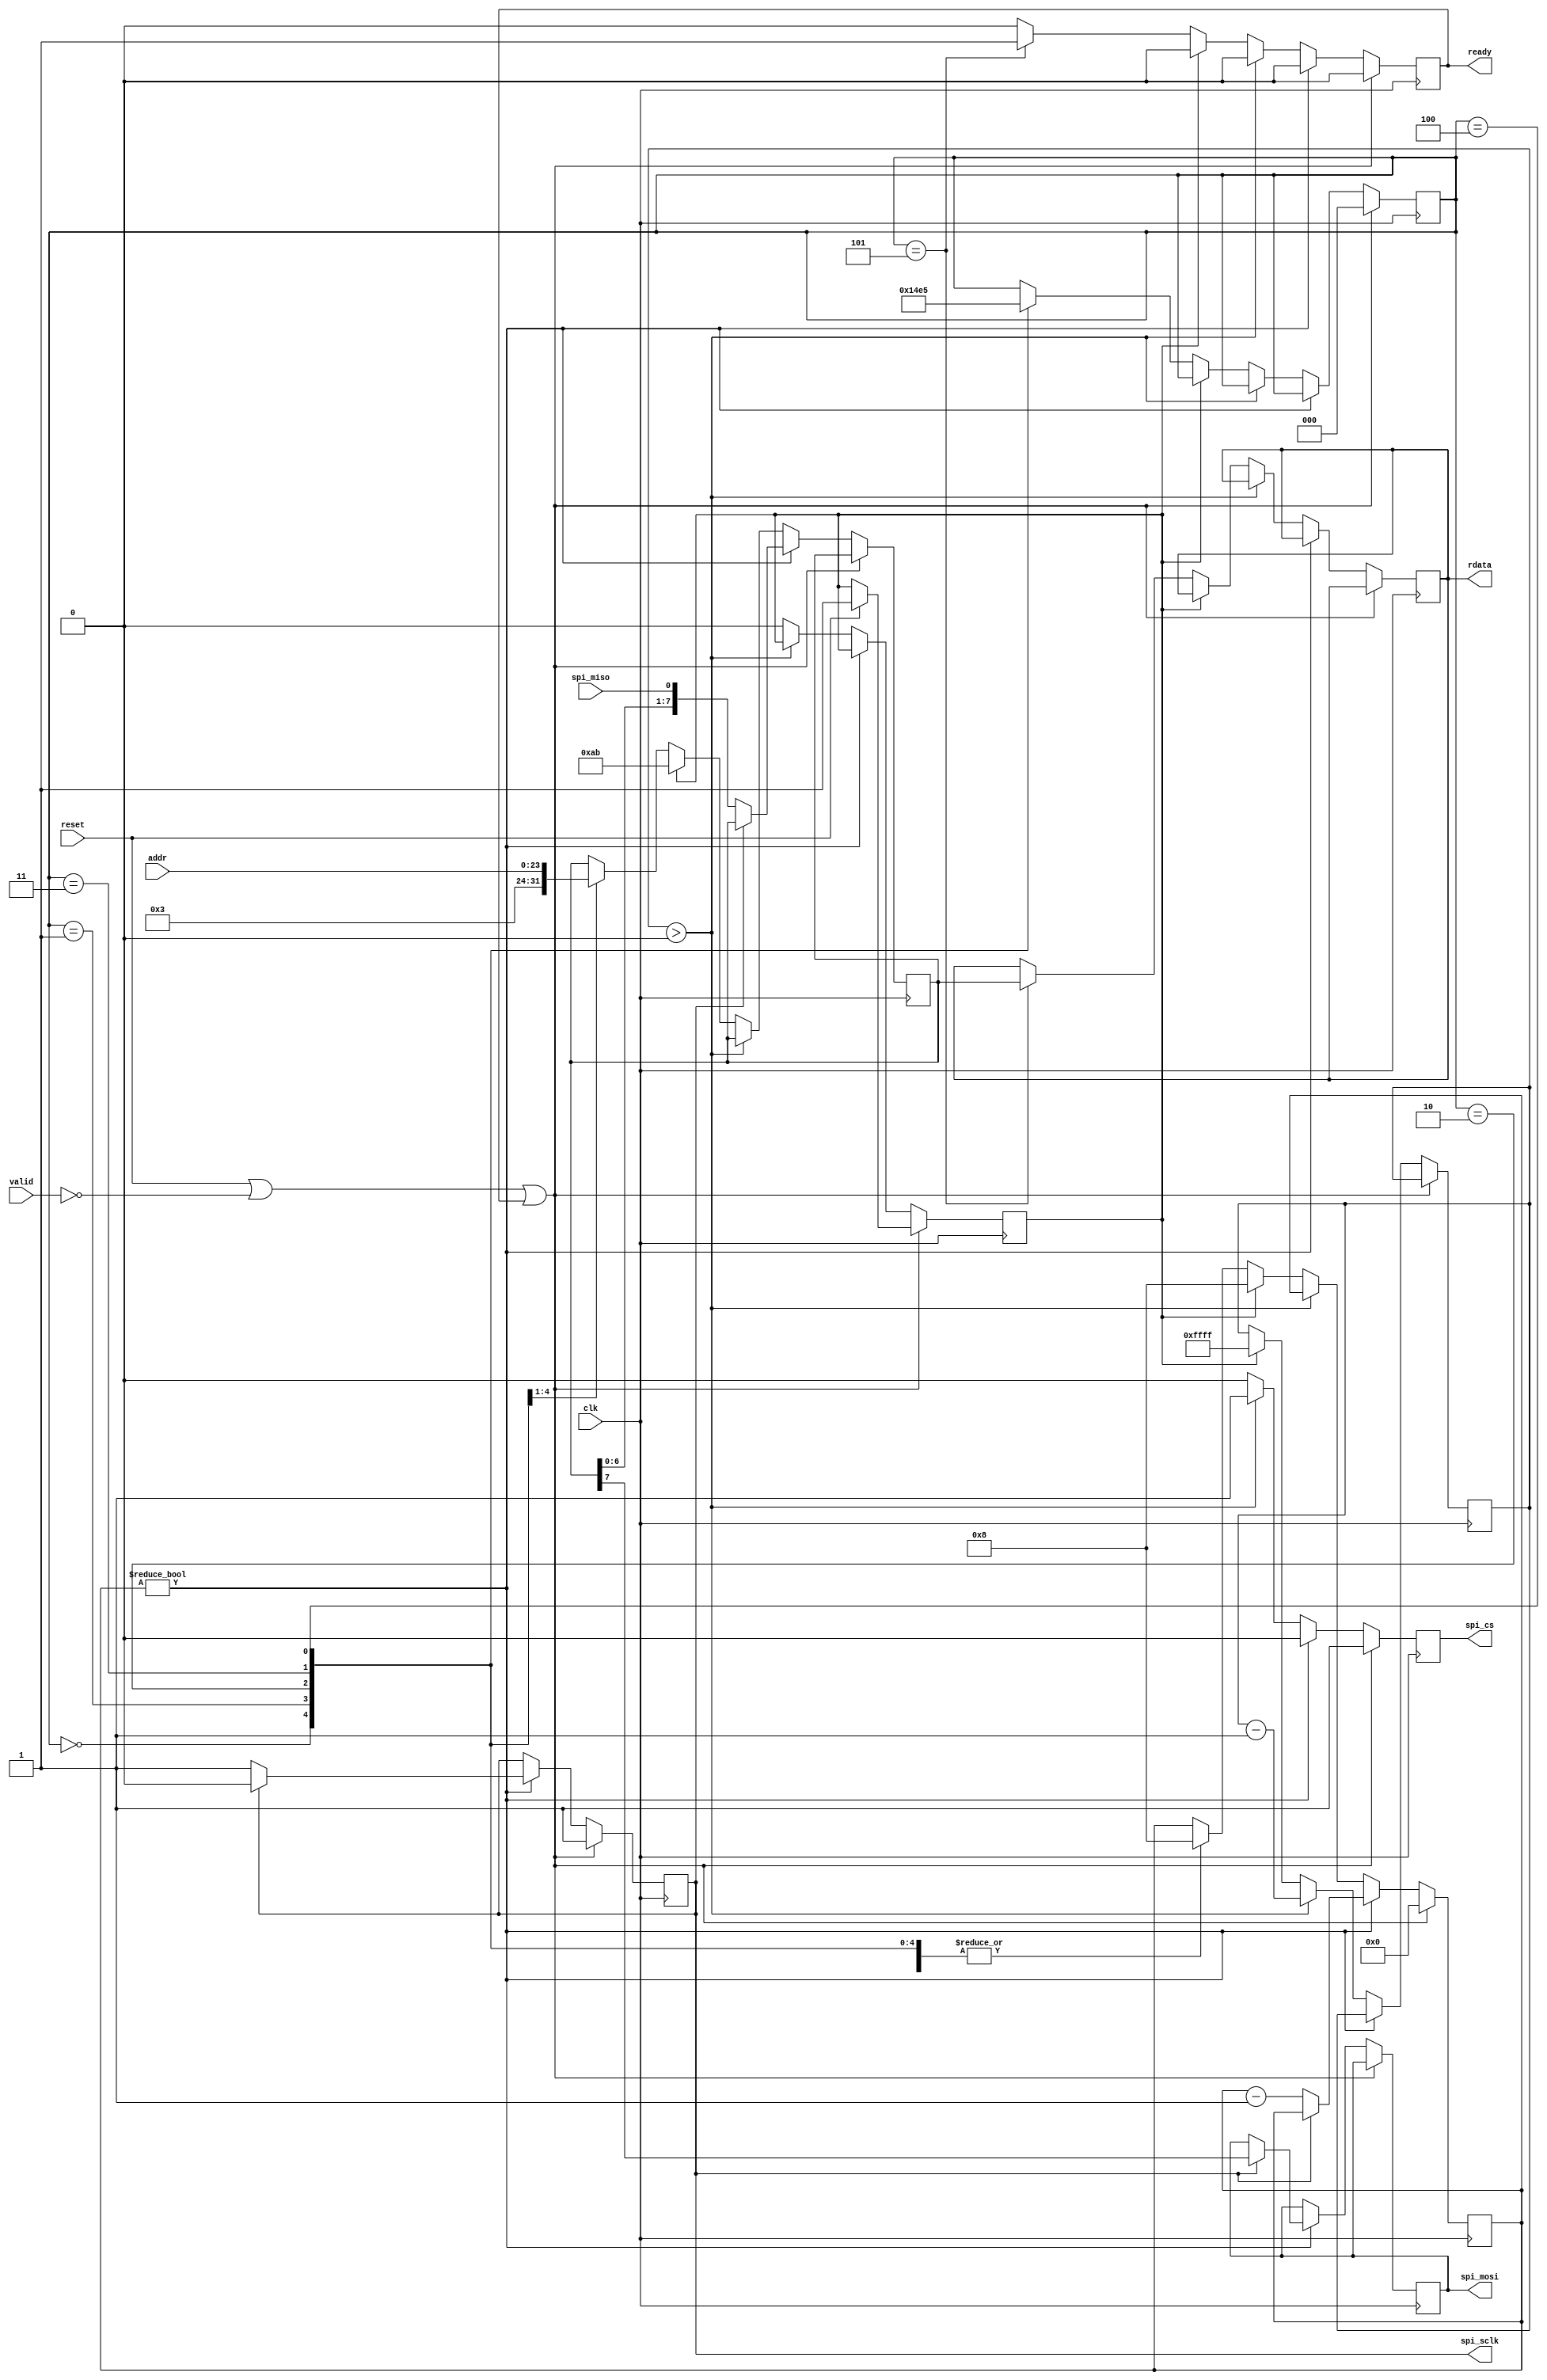
// SPI flash memory interface, taken from the icosoc project

module icosoc_flashmem (
	input clk, reset,

	input valid,
	output reg ready,
	input [23:0] addr,
	output reg [7:0] rdata,

	output reg spi_cs,
	output reg spi_sclk,
	output reg spi_mosi,
	input spi_miso
);
	reg [7:0] buffer;
	reg [3:0] xfer_cnt;
	reg [2:0] state;
	reg       wake;
	reg [15:0] delay;

	always @(posedge clk) begin
		ready <= 0;
		if (reset || !valid || ready) begin
			spi_cs <= 1;
			spi_sclk <= 1;
			xfer_cnt <= 0;
			state <= 0;
			if (reset) wake <= 1;
		end else begin
			spi_cs <= 0;
			if (xfer_cnt) begin
				if (spi_sclk) begin
					spi_sclk <= 0;
					spi_mosi <= buffer[7];
				end else begin
					spi_sclk <= 1;
					buffer <= {buffer, spi_miso};
					xfer_cnt <= xfer_cnt - 1;
				end
			end else if (delay > 0) begin
				delay <= delay - 1;
				spi_cs <= 1;
			end else if (wake) begin
				 buffer <= 'hab; // wake
				 xfer_cnt <= 8;
				 delay <= 'hffff;
				 wake <= 0;
			end else
			case (state)
				0: begin
					buffer <= 'h03;
					xfer_cnt <= 8;
					state <= 1;
				end
				1: begin
					buffer <= addr[23:16];
					xfer_cnt <= 8;
					state <= 2;
				end
				2: begin
					buffer <= addr[15:8];
					xfer_cnt <= 8;
					state <= 3;
				end
				3: begin
					buffer <= addr[7:0];
					xfer_cnt <= 8;
					state <= 4;
				end
				4: begin
					xfer_cnt <= 8;
					state <= 5;
				end
				5: begin
					rdata[7:0] <= buffer;
					xfer_cnt <= 8;
					ready <= 1;
				end
			endcase
		end
	end
endmodule